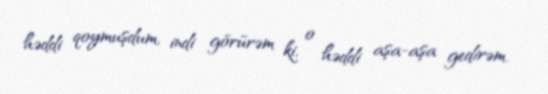
həddi qoymuşdum, indi görürəm ki, o həddi aşa-aşa gedirəm.